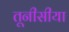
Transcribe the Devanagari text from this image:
तूनीसीया